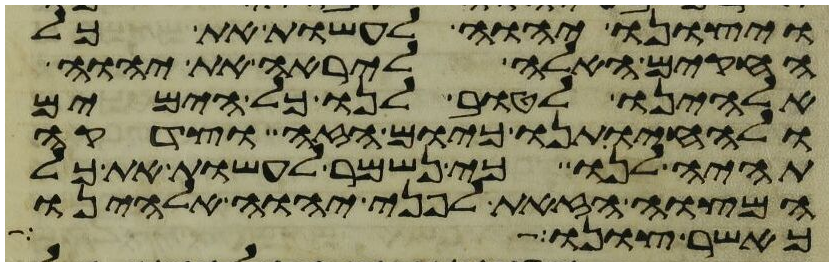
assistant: ויצונו יהוה לעשות את כל
החקים האלה ליראה את יהוה
אלהינו לטוב לנו כל הימים
ולהחיותנו כיום הזה וצדקה
תהיה לנו כי נשמר לעשות את כל
המצוה הזאת לפני יהוה אלהינו
כאשר צונו